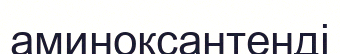
аминоксантенді